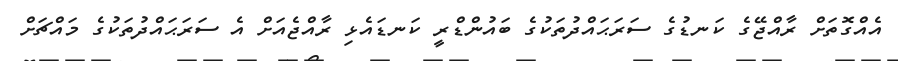
އެއްގޮތަށް ރާއްޖޭގެ ކަނޑުގެ ސަރަޙައްދުތަކުގެ ބައުންޑްރީ ކަނޑައެޅި ރާއްޖެއަށް އެ ސަރަޙައްދުތަކުގެ މައްޗަށް